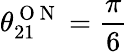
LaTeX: \theta_{21}^{\mathrm{~O~N~}}=\frac{\pi}{6}